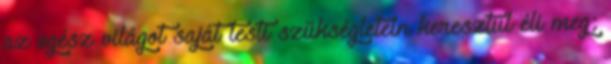
az egész világot saját testi szükségletein keresztül éli meg;